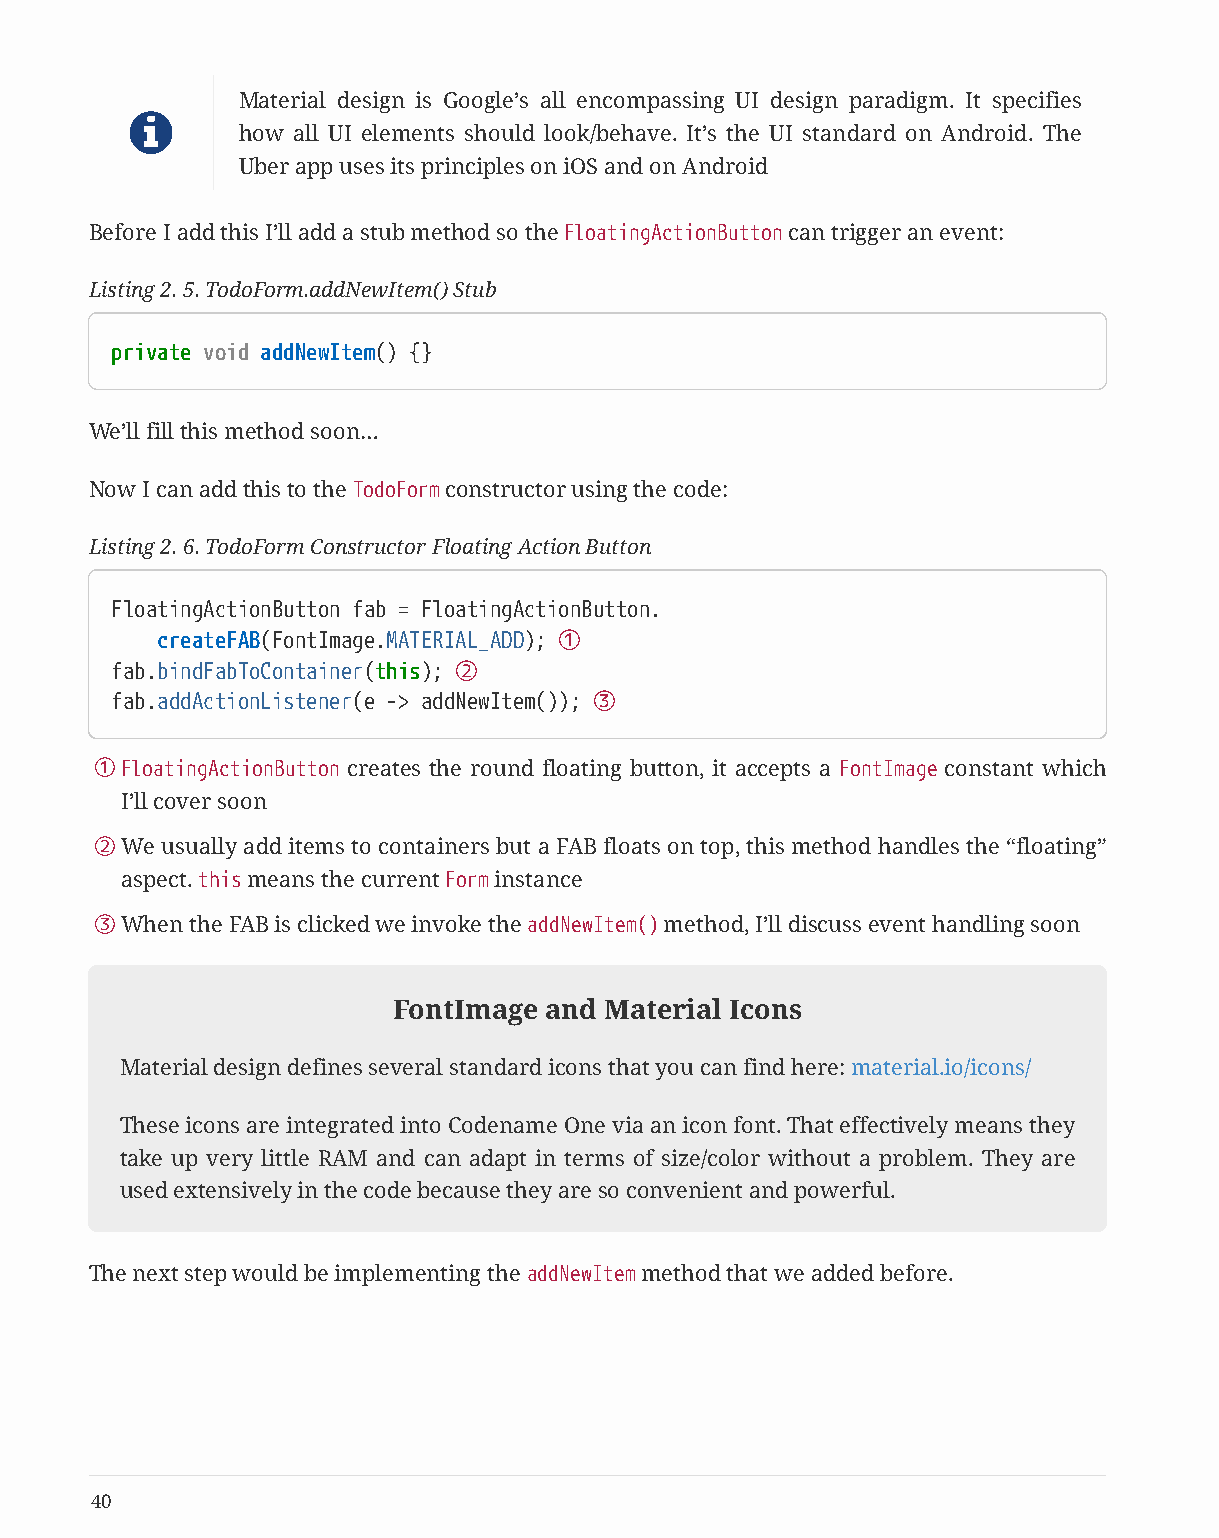
Material design is Google’s all encompassing UI design paradigm. It specifies
 
 how all UI elements should look/behave. It’s the UI standard on Android. The
 Uber app uses its principles on iOS and on Android
 Before I add this I’ll add a stub method so the FloatingActionButton can trigger an event:
 Listing 2. 5. TodoForm.addNewItem() Stub
 private void addNewItem() {}
 We’ll fill this method soon…
 Now I can add this to the TodoForm constructor using the code:
 Listing 2. 6. TodoForm Constructor Floating Action Button
 FloatingActionButton fab = FloatingActionButton.
 createFAB(FontImage.MATERIAL_ADD); ①
 fab.bindFabToContainer(this); ②
 fab.addActionListener(e -> addNewItem()); ③
 ①FloatingActionButton creates the round floating button, it accepts a FontImage constant which
 I’ll cover soon
 ②We  usually add items to containers but a FAB floats on top, this method handles the “floating”
 aspect. this means the current Form instance
 ③When  the FAB is clicked we invoke the addNewItem() method, I’ll discuss event handling soon
 FontImage and Material Icons
 Material design defines several standard icons that you can find here: material.io/icons/
 These icons are integrated into Codename One via an icon font. That effectively means they
 take up very little RAM and can adapt in terms of size/color without a problem. They are
 used extensively in the code because they are so convenient and powerful.
 The next step would be implementing the addNewItem method that we added before.
 40